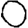
Digit: 0